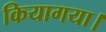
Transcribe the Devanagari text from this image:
कियागया।